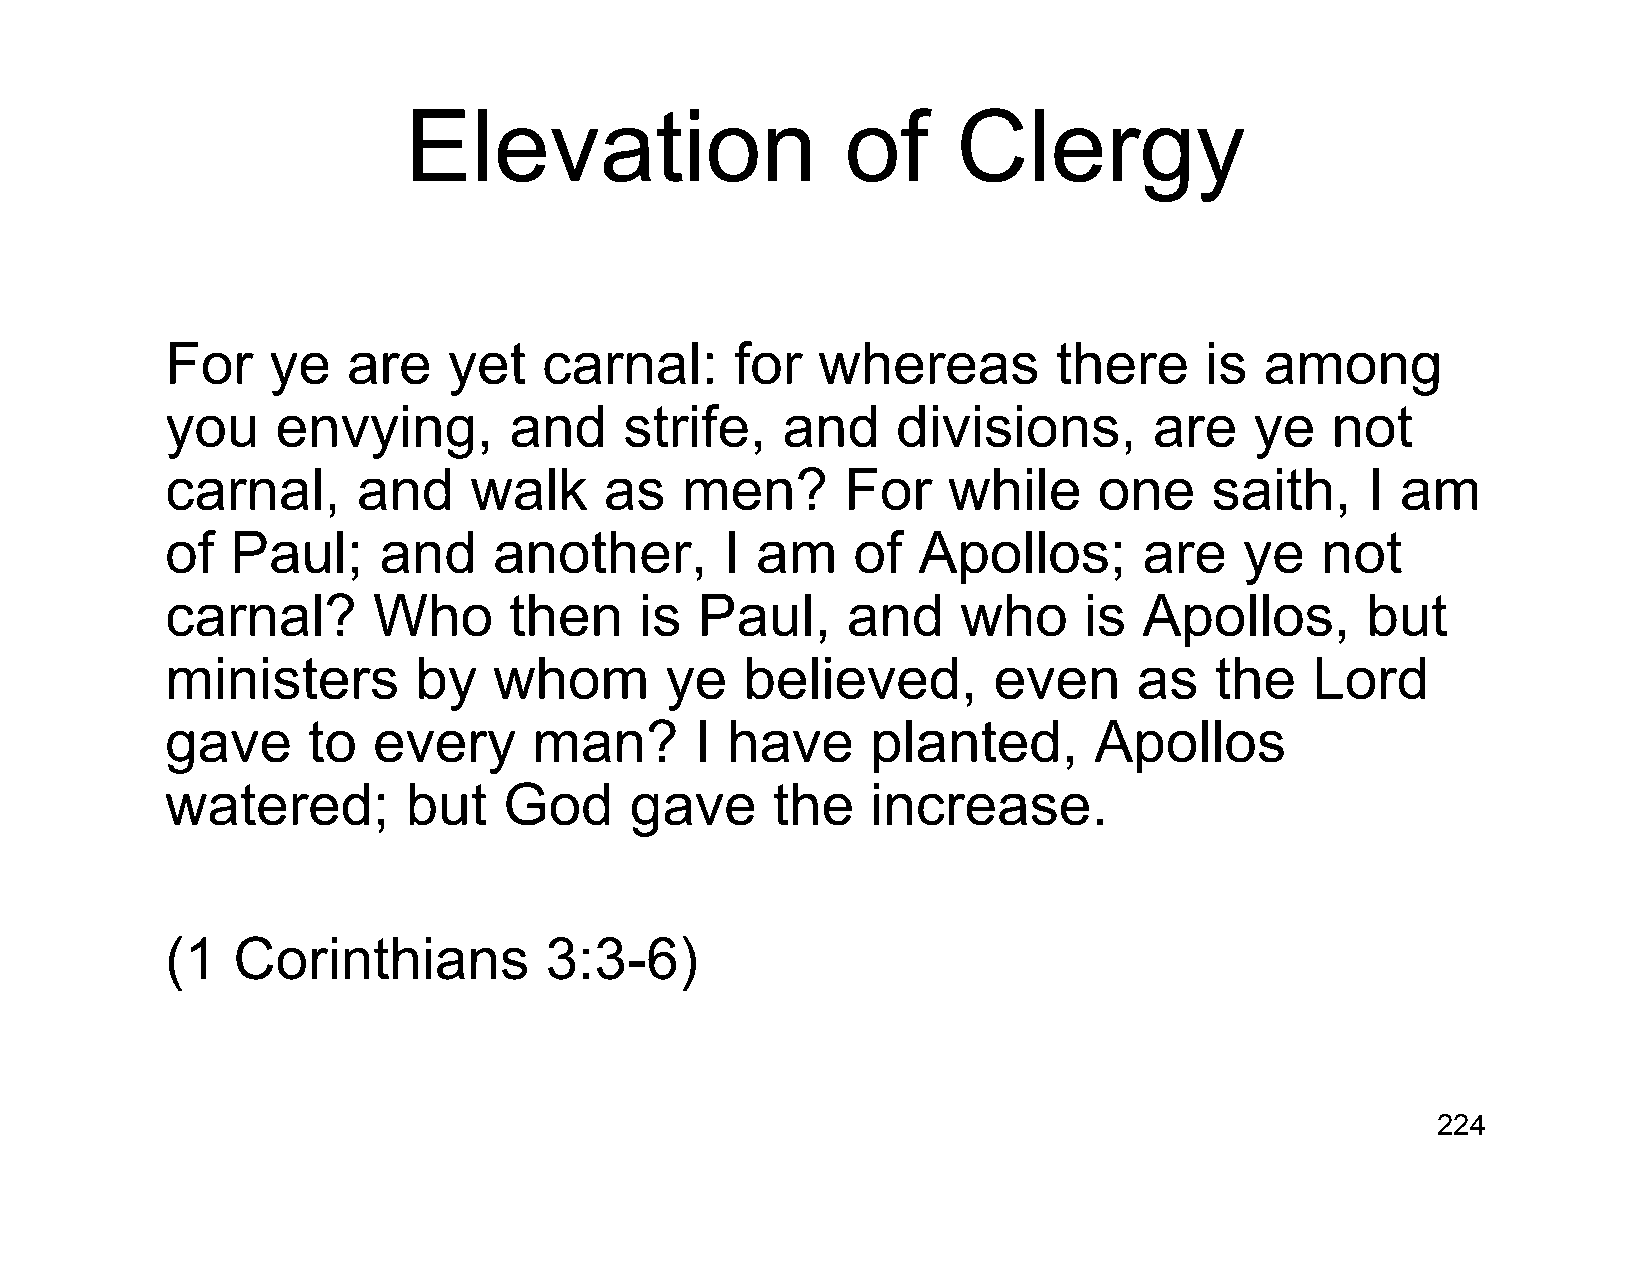
Elevation                    of     Clergy
 For    ye   are    yet   carnal:      for  whereas         there     is  among
 you    envying,        and    strife,    and    divisions,       are    ye   not
 carnal,      and    walk     as   men?       For    while     one    saith,    I  am
 of  Paul;     and     another,       I am    of   Apollos;       are   ye   not
 carnal?       Who      then    is  Paul,     and     who     is  Apollos,      but
 ministers       by    whom       ye   believed,        even     as   the    Lord
 gave     to   every     man?       I have      planted,      Apollos
 watered;        but   God      gave     the    increase.
 (1  Corinthians          3:3-6)
 224